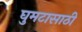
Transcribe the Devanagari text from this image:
घुमटासाठी